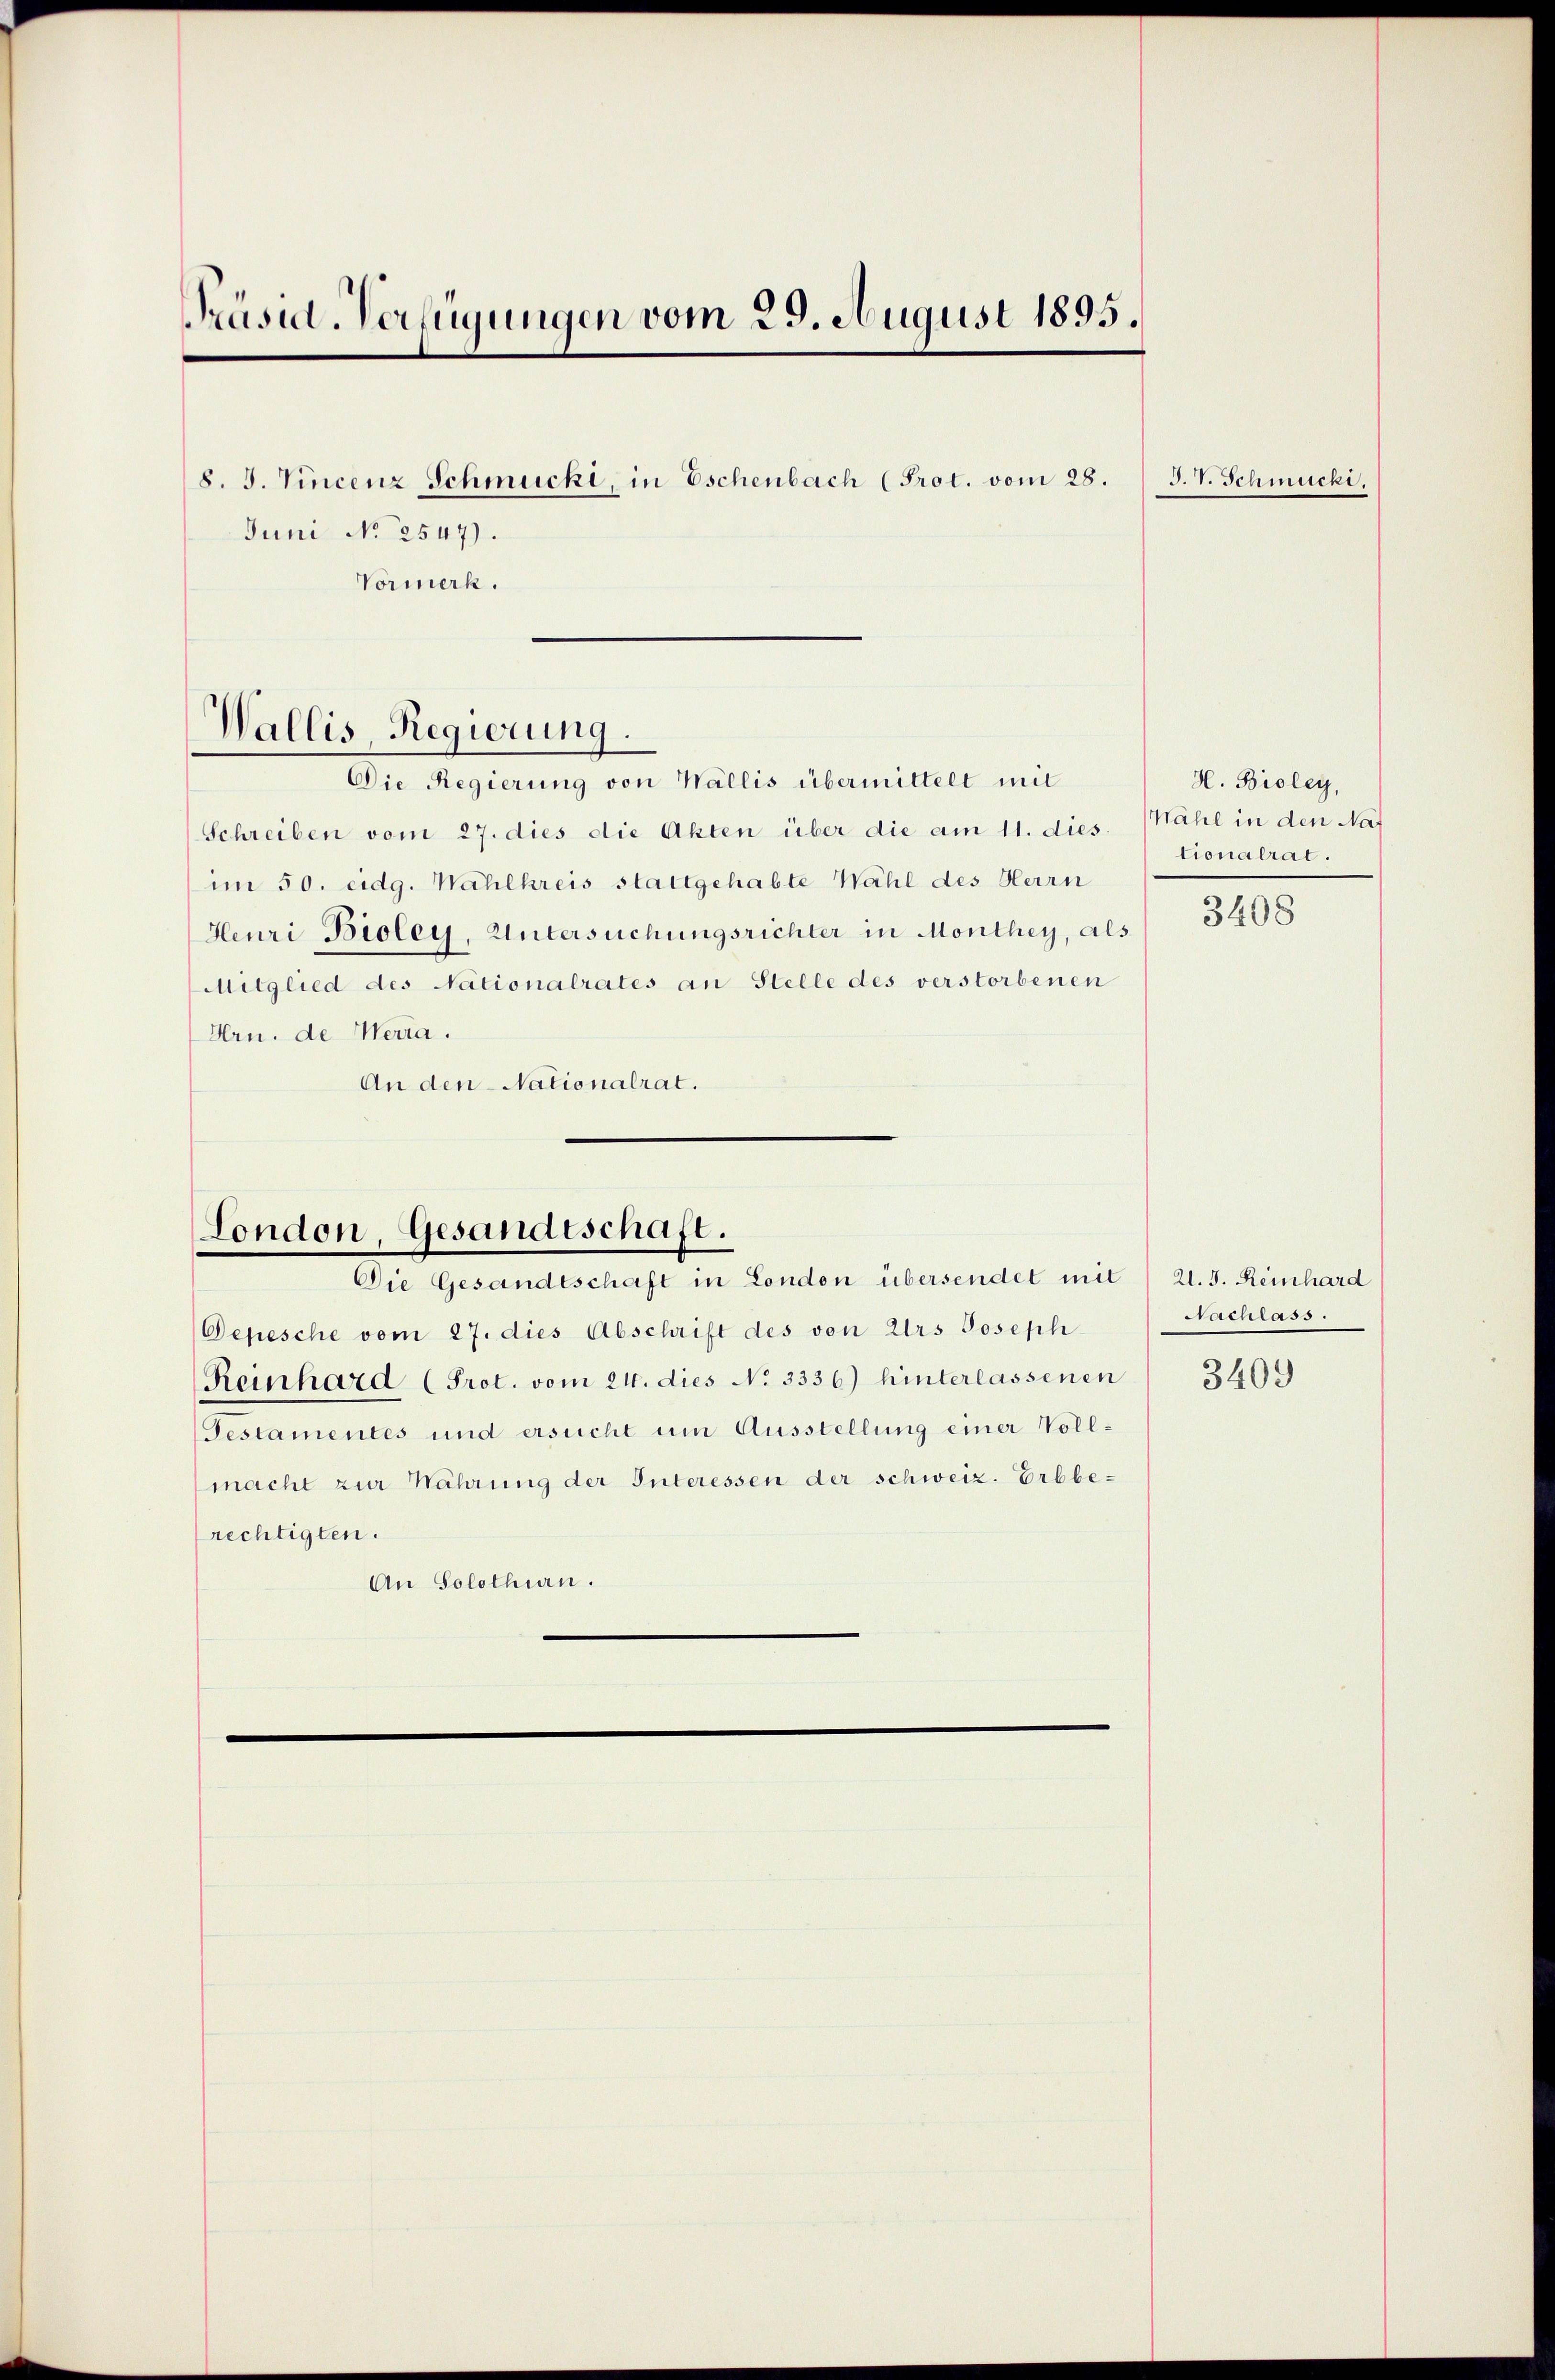
Präsid-Verfügungen vom 29. August 1895.
8. J. Vincenz Schmucki, in Eschenbach (Prot. vom 28.
Juni No 2547).
Vormerk.

Wallis, Regierung.

London, Gesandtschaft.
Die Gesandtschaft in London übersendet mit 21. J. Reinhard

Die Regierung von Wallis übermittelt mit
Schreiben vom 27. dies die Akten über die am 11. dies. Wahl in den Nat
im 50. eidg. Wahlkreis stattgehabte Wahl des Herrn
Heuri Bioley, Untersuchungsrichter in Monthey, als
Mitglied des Nationalrates an Stelle des verstorbenen
Hrn. de Werra.
An den Nationalrat.

Depesche vom 27. dies Abschrift des von Urs Joseph
Reinhard (Prot. vom 24. dies No 3336) hinterlassenen " 3409
Pestamentes und ersucht um Ausstellung einer Vollmacht zur Nährung der Interessen der schweiz. Erbbe-
rechtigten.
An Solothurn.

J. V. Schmucki,

H. Bioley,
tionalrat.
3408

Nachlass.